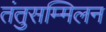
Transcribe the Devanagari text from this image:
तंतुसम्मिलन